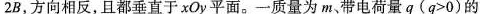
2B，方向相反，且都垂直于xOy平面。一质量为m、带电荷量q($$q > 0$$)的